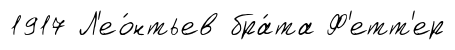
1917 Л'ео́нтьев бра́та Ф'етт'ер